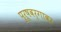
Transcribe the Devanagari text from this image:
पुरूषवर्गावर